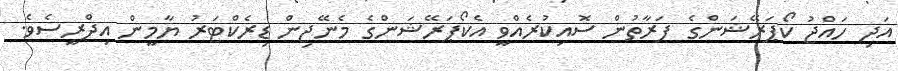
އަދި ހައްޖު ކޯޕަރޭޝަންގެ ފަރާތުން ސޮއިކުރެއްވީ އެކޯޕަރޭޝަންގެ މެނޭޖިން ޑިރެކްޓަރު ޔާމީން އިދްރީސެވެ.